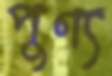
পুণ্য